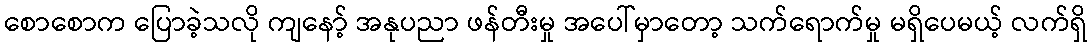
စောစောက ပြောခဲ့သလို ကျနော့် အနုပညာ ဖန်တီးမှု အပေါ်မှာတော့ သက်ရောက်မှု မရှိပေမယ့် လက်ရှိ